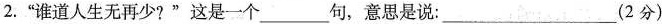
2.”谁道人生无再少?”这是一个___句，意思是说：___(2分)